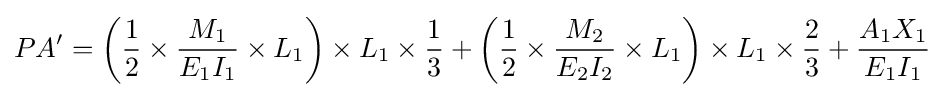
PA'=\left({\frac {1}{2}}\times {\frac {M_{1}}{E_{1}I_{1}}}\times L_{1}\right)\times L_{1}\times {\frac {1}{3}}+\left({\frac {1}{2}}\times {\frac {M_{2}}{E_{2}I_{2}}}\times L_{1}\right)\times L_{1}\times {\frac {2}{3}}+{\frac {A_{1}X_{1}}{E_{1}I_{1}}}